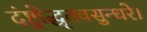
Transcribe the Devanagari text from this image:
दंष्ट्रोद्धृतवसुन्धरे।